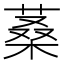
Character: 𦶿